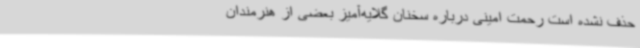
حذف نشده است رحمت امینی درباره سخنان گلایه‌آمیز بعضی از هنرمندان